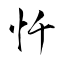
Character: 忏